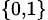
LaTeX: _{\{ 0,1\} }